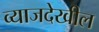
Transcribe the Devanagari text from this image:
व्याजदेखील